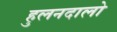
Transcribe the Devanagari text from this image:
हुलनदालो